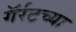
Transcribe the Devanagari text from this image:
गॅर्रटच्या